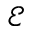
\mathcal { E }